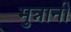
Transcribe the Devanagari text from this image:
मुन्नानी